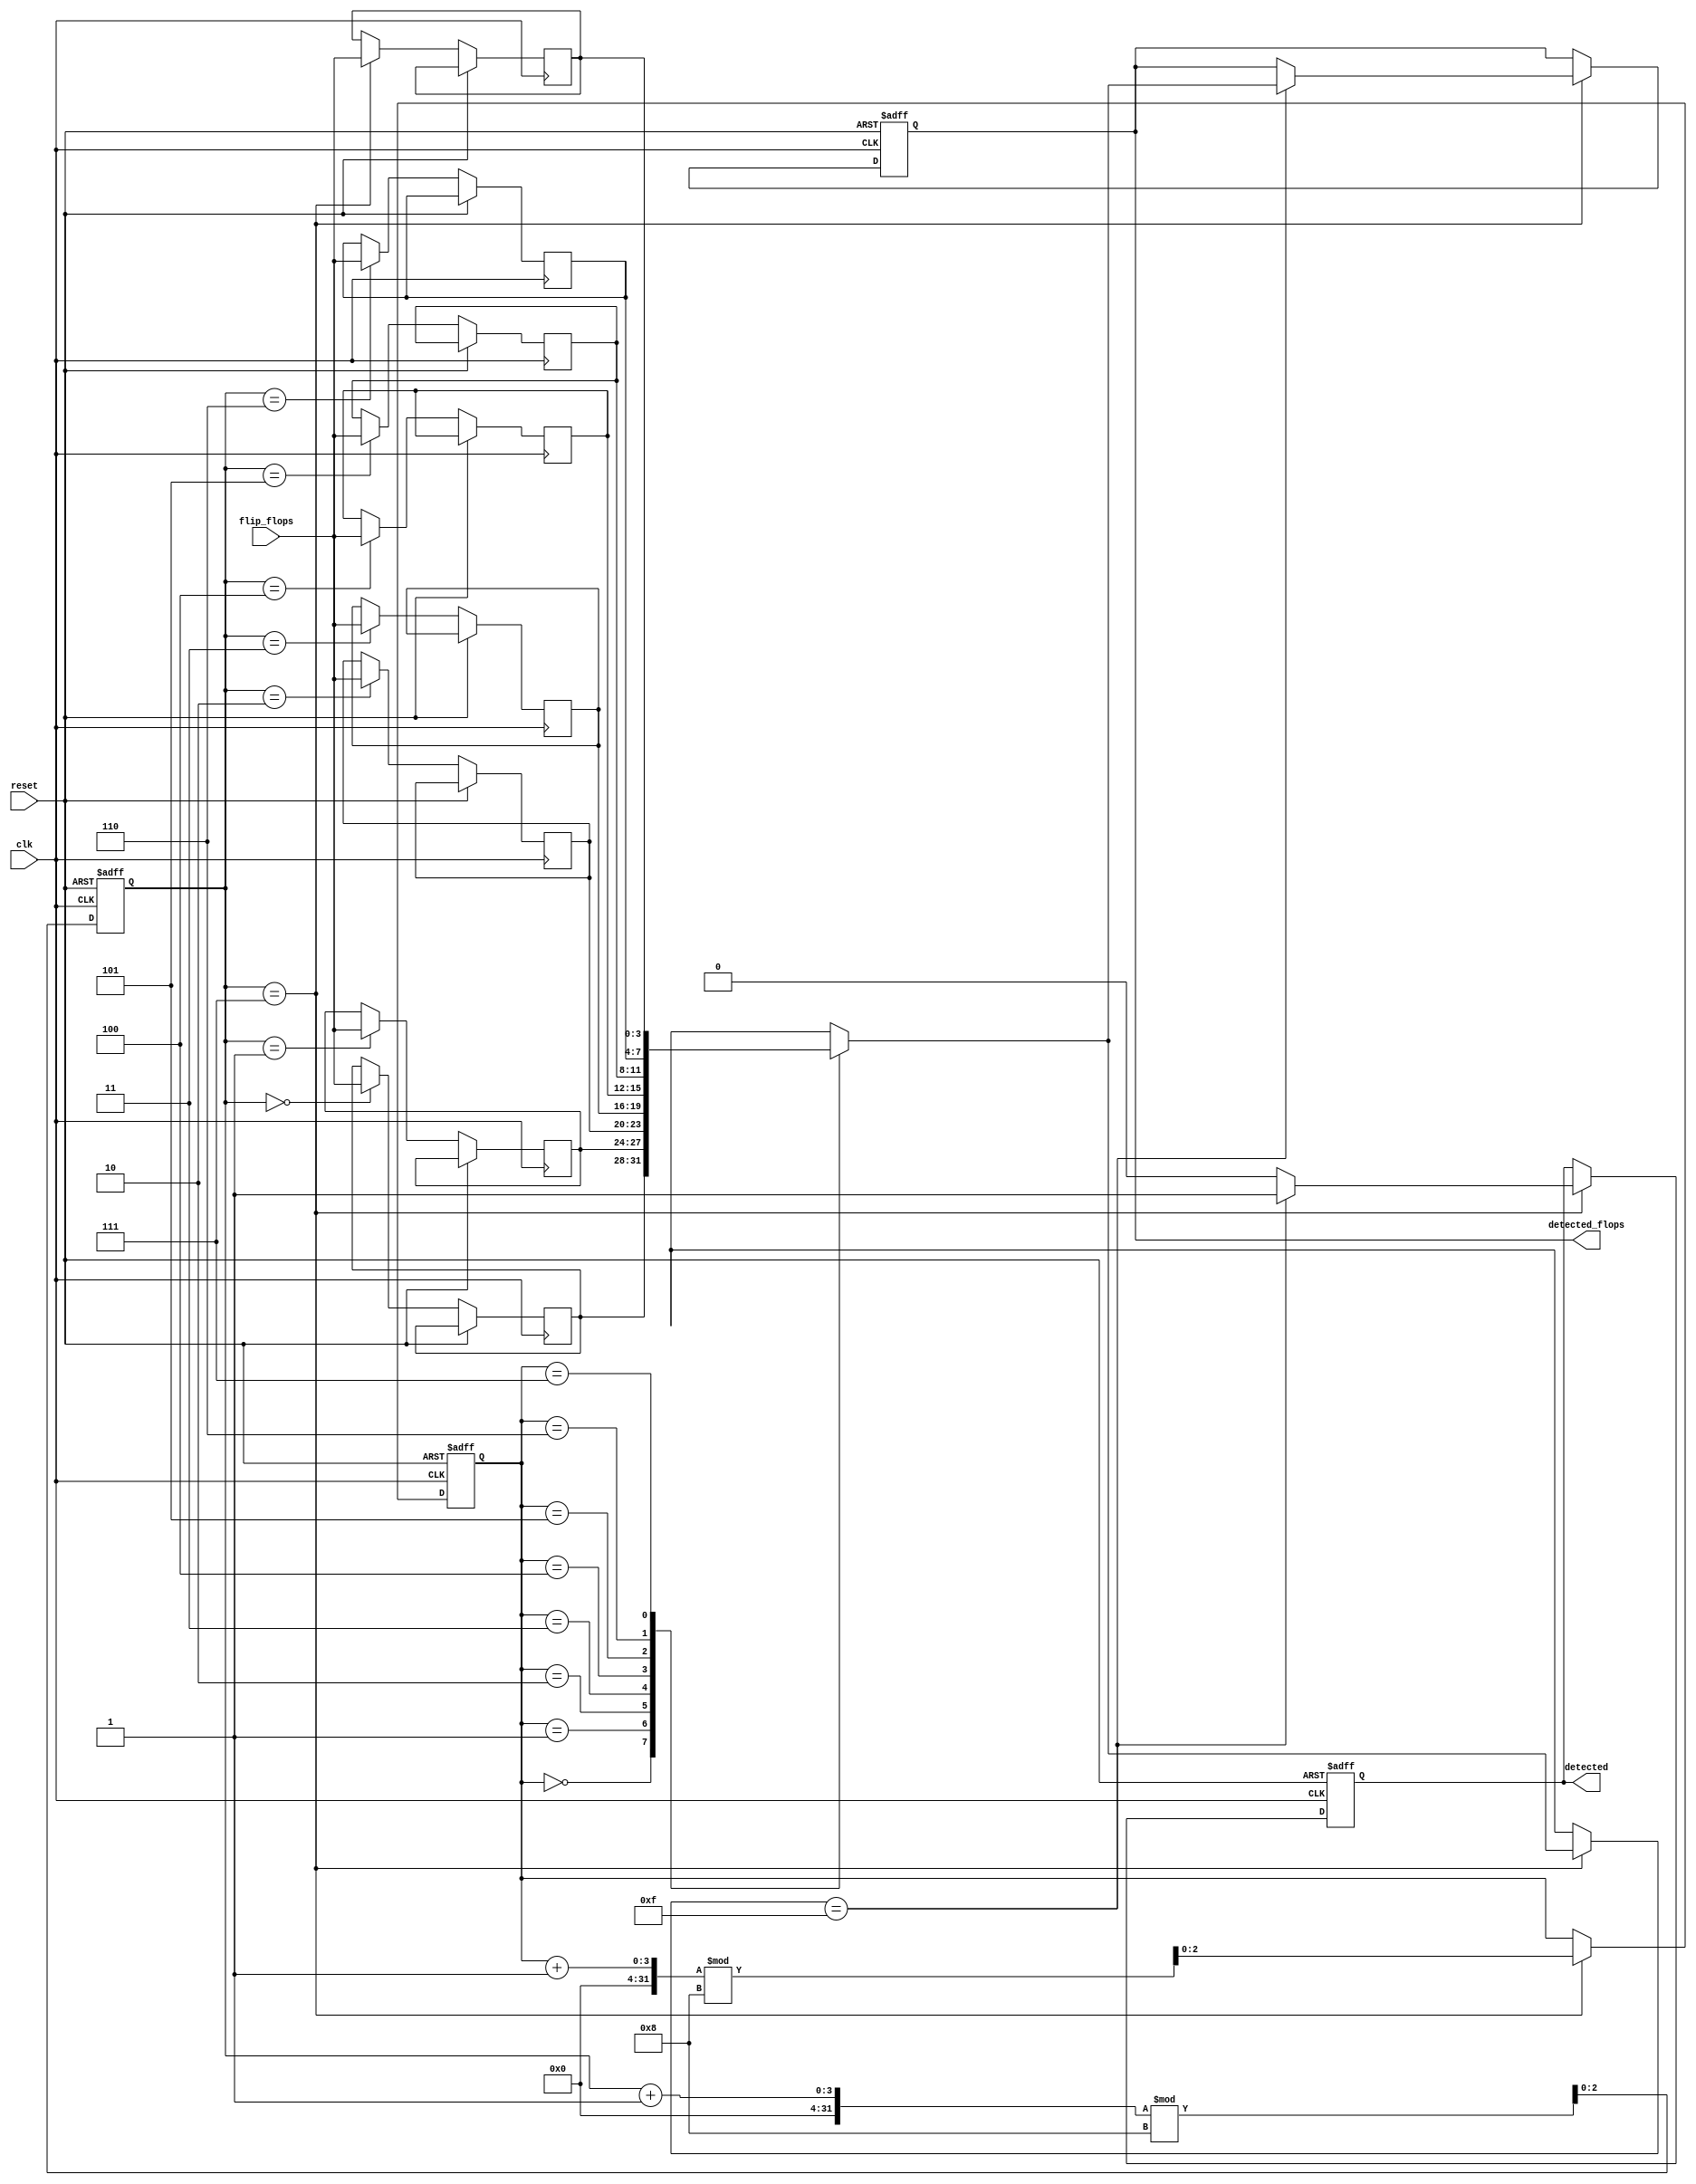
module FlipFlopDetector #(
    parameter NUM_FLIP_FLOPS = 4, // Number of flip-flops to monitor
    parameter MEMORY_DEPTH = 8     // Depth of memory blocks
)(
    input wire clk,                // Clock signal
    input wire reset,              // Reset signal
    input wire [NUM_FLIP_FLOPS-1:0] flip_flops, // Flip-flop inputs
    output reg detected,           // Detection output
    output reg [NUM_FLIP_FLOPS-1:0] detected_flops // Detected flip-flops
);

    // Memory blocks to store the states of flip-flops
    reg [NUM_FLIP_FLOPS-1:0] memory [0:MEMORY_DEPTH-1];
    reg [2:0] write_pointer; // Pointer for writing to memory
    reg [2:0] read_pointer;  // Pointer for reading from memory

    // Control logic for capturing states
    always @(posedge clk or posedge reset) begin
        if (reset) begin
            write_pointer <= 0;
            read_pointer <= 0;
            detected <= 0;
            detected_flops <= 0;
        end else begin
            // Store the current state of flip-flops in memory
            memory[write_pointer] <= flip_flops;
            write_pointer <= (write_pointer + 1) % MEMORY_DEPTH;

            // Check for specific conditions in the memory blocks
            if (write_pointer == MEMORY_DEPTH - 1) begin
                // Example detection logic: Check if all flip-flops are set
                if (memory[read_pointer] == {NUM_FLIP_FLOPS{1'b1}}) begin
                    detected <= 1;
                    detected_flops <= memory[read_pointer];
                end else begin
                    detected <= 0;
                end
                read_pointer <= (read_pointer + 1) % MEMORY_DEPTH;
            end
        end
    end

endmodule